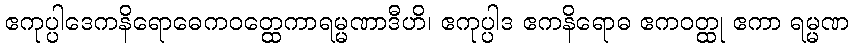
ဧကုပ္ပါဒေကနိရောဓေကဝတ္ထေကာရမ္မဏာဒီဟိ၊ ဧကုပ္ပါဒ ဧကနိရောဓ ဧကဝတ္ထု ဧကာ ရမ္မဏ